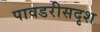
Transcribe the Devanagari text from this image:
पावडरीसदृश